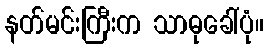
နတ်မင်းကြီးက သာဓုခေါ်ပုံ။